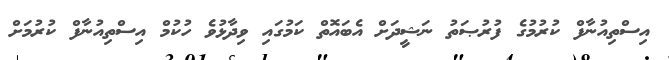
އިސްތިއުނާފް ކުރުމުގެ ފުރުޞަތު ނަޝީދަށް އެބައޮތް ކަމުގައި ވިދާޅުވެ ހުކުމް އިސްތިއުނާފް ކުރުމަށް